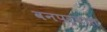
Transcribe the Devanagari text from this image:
वनपर्वात